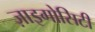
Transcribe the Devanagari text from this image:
ज़ाइगोसिटी